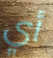
أي